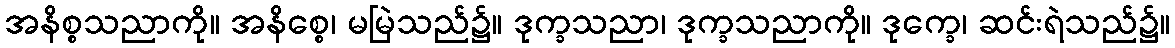
အနိစ္စသညာကို။ အနိစ္စေ၊ မမြဲသည်၌။ ဒုက္ခသညာ၊ ဒုက္ခသညာကို။ ဒုက္ခေ၊ ဆင်းရဲသည်၌။